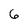
Character: 6